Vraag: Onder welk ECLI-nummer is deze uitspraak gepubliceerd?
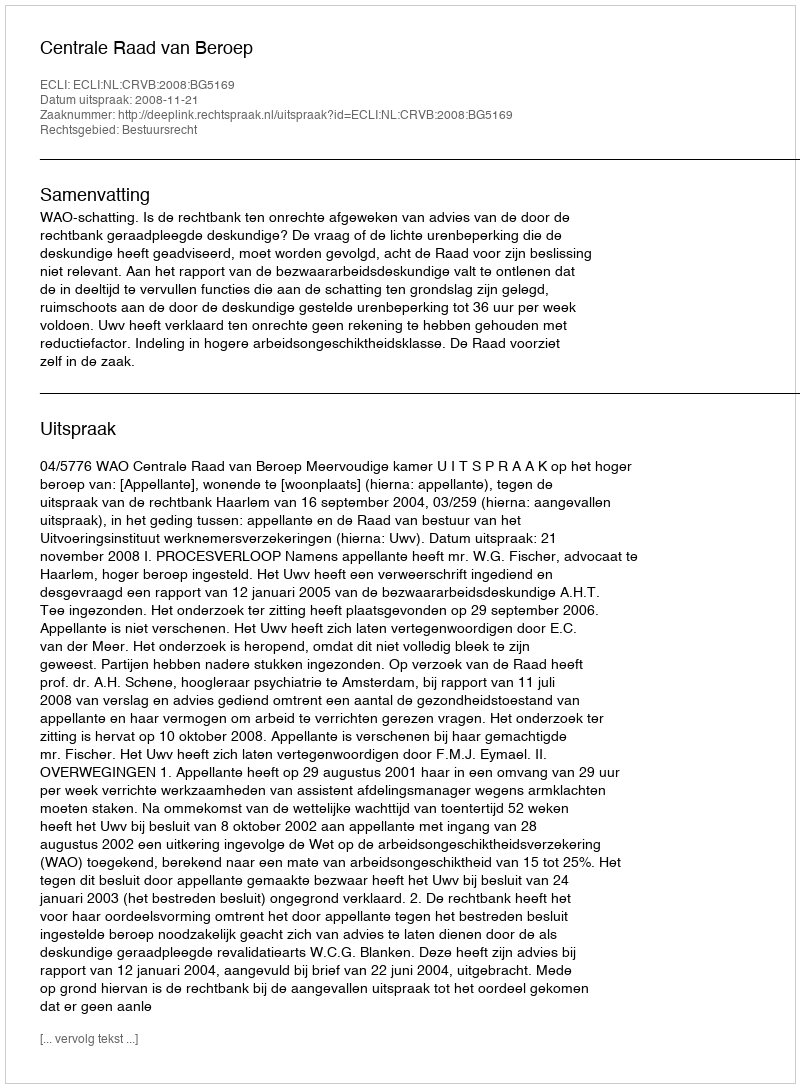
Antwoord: ECLI:NL:CRVB:2008:BG5169